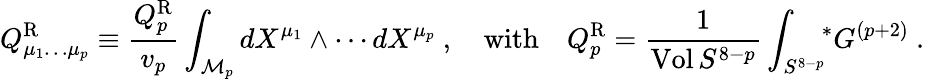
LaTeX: Q_{\mu_{1}\dots\mu_{p}}^{\mathrm{R}}\equiv{\frac{Q_{p}^{\mathrm{R}}}{v_{p}}}\int_{{\cal M}_{p}}dX^{\mu_{1}}\wedge\cdots dX^{\mu_{p}}\ ,\quad\mathrm{with}\quad Q_{p}^{\mathrm{R}}={\frac{1}{\mathrm{Vol}\, S^{8-p}}}\int_{S^{8-p}}\! \! {}^{*}G^{(p+2)}\ .